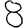
Digit: 8